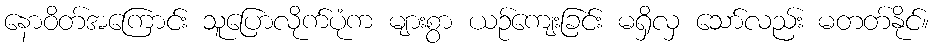
နောဝိတ်အကြောင်း သူပြောလိုက်ပုံက များစွာ ယဉ်ကျေးခြင်း မရှိလှ သော်လည်း မတတ်နိုင်။